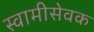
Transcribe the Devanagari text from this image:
स्वामीसेवक